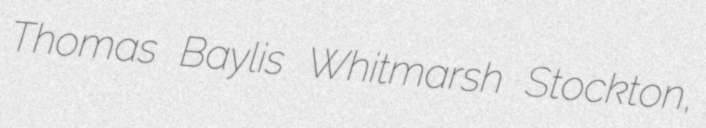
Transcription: Thomas Baylis Whitmarsh Stockton,